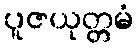
ပူဇယုတ္တမံ